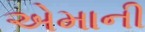
એમાની